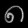
Digit: ၈